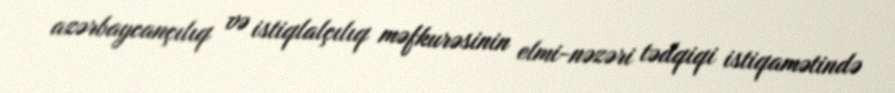
azərbaycançılıq və istiqlalçılıq məfkurəsinin elmi-nəzəri tədqiqi istiqamətində